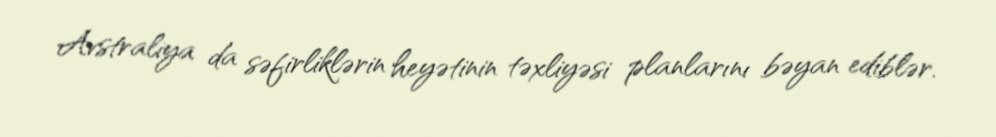
Avstraliya da səfirliklərin heyətinin təxliyəsi planlarını bəyan ediblər.